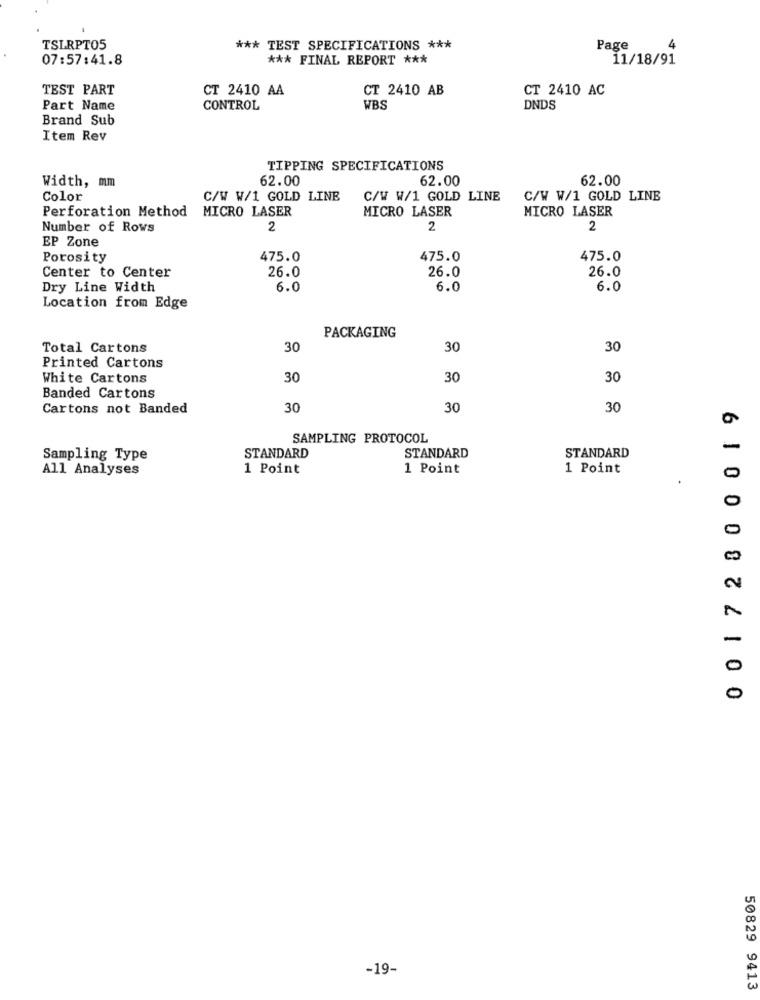
TSLRPT05
*** TEST SPECIFICATIONS ***
Page
4
07:57:41.8
*** FINAL REPORT ***
11/18/91
TEST PART
CT 2410 AA
CT 2410 AB
CT 2410 AC
Part Name
CONTROL
WBS
DNDS
Brand Sub
Item Rev
TIPPING SPECIFICATIONS
Width, mm
62.00
62.00
62.00
Color
C/W W/1 GOLD LINE
C/W W/1 GOLD LINE
C/W W/1 GOLD LINE
Perforation Method
MICRO LASER
MICRO LASER
MICRO LASER
Number of Rows
2
2
2
EP Zone
Porosity
475.0
475.0
475.0
26.0
26.0
Center to Center
26.0
Dry Line Width
6.0
6.0
6.0
Location from Edge
PACKAGING
Total Cartons
30
30
30
Printed Cartons
White Cartons
30
30
30
Banded Cartons
0 0172800019
Cartons not Banded
30
30
30
SAMPLING PROTOCOL
-
Sampling Type
STANDARD
STANDARD
STANDARD
All Analyses
1 Point
1 Point
1 Point
0
O
0
0
-19-
50829 9413